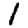
Digit: 1